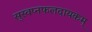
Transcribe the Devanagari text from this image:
सुस्वप्नफलदायकम्